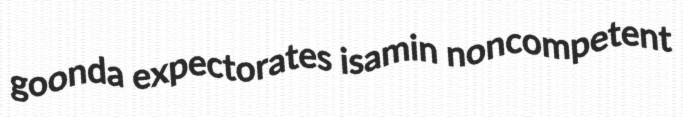
goonda expectorates isamin noncompetent